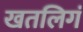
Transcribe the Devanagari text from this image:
खतलिगं